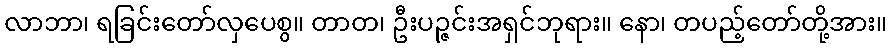
လာဘာ၊ ရခြင်းတော်လှပေစွ။ တာတ၊ ဦးပဉ္ဇင်းအရှင်ဘုရား။ နော၊ တပည့်တော်တို့အား။